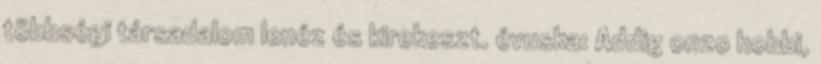
többségi társadalom lenéz és kirekeszt. évuska: Addig onzo hobbi,